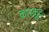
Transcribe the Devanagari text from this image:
कारकूट